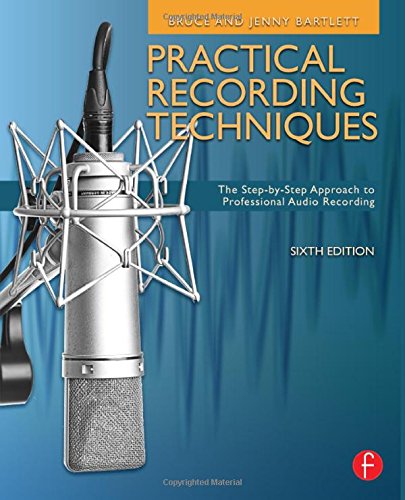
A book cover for Practical Recording Techniques: The Step- by- Step Approach to Professional Audio Recording; Bruce Bartlett; Arts & Photography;